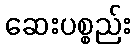
ဆေးပစ္စည်း